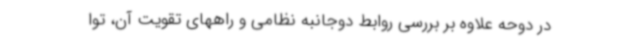
در دوحه علاوه بر بررسی روابط دوجانبه نظامی و راههای تقویت آن، توا